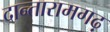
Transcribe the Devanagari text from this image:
दान्तारामगढ़